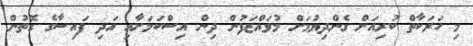
މި ހަރަކާތް ކުރިއަށް ގެންދިޔުމަށް މުވައްޒަފުން ދިން އިސްކަމަށާއި އަދި ފައިސާގެ ގޮތުން